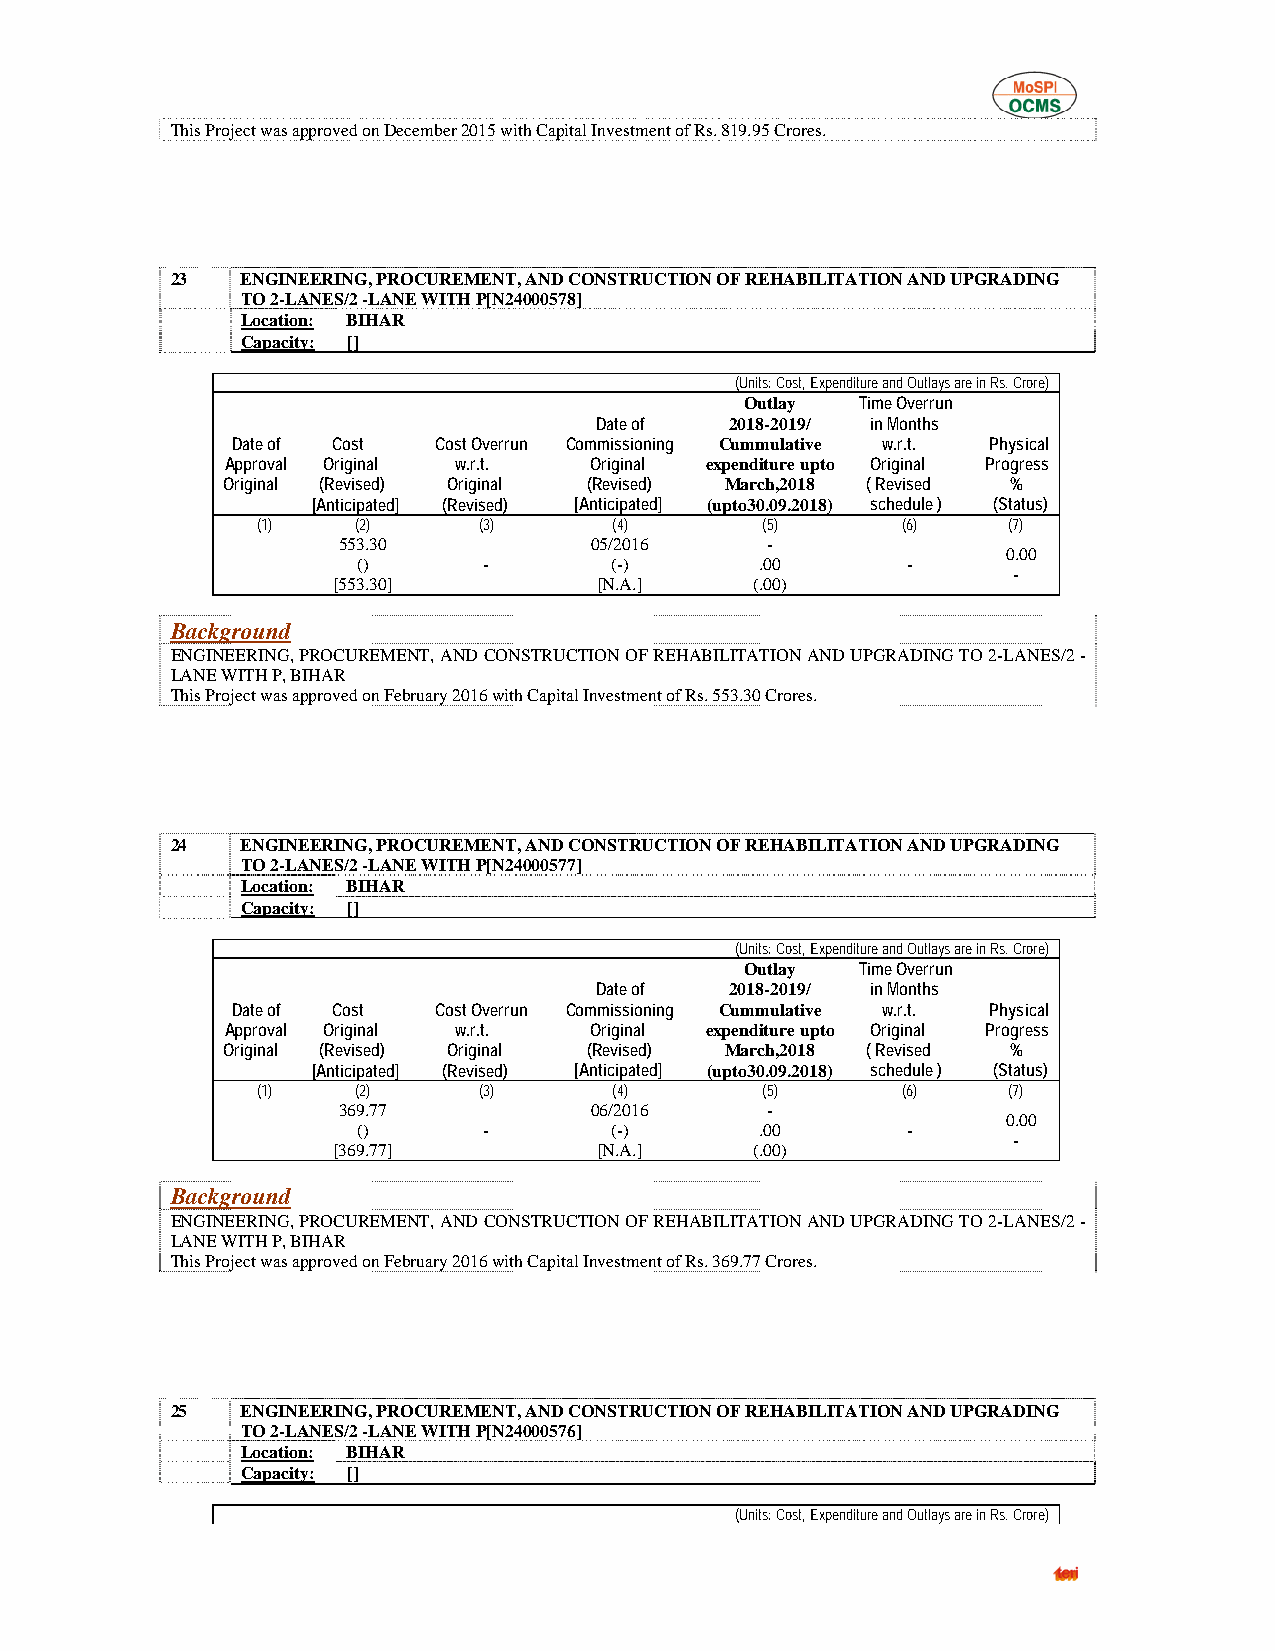
This Project was approved on December 2015 with Capital Investment of Rs. 819.95 Crores.
 23   ENGINEERING, PROCUREMENT, AND CONSTRUCTION OF REHABILITATION AND UPGRADING
 TO 2-LANES/2 -LANE WITH P[N24000578]
 Location: BIHAR
 Capacity: []
 (Units: Cost, Expenditure and Outlays are in Rs. Crore)
 Outlay  Time Overrun
 Date of  2018-2019/ in Months
 Date of Cost  Cost Overrun Commissioning Cummulative w.r.t. Physical
 Approval Original w.r.t. Original expenditure upto Original Progress
 Original (Revised) Original (Revised) March,2018 ( Revised %
 [Anticipated] (Revised) [Anticipated] (upto30.09.2018) schedule ) (Status)
 (1)    (2)     (3)      (4)      (5)       (6)    (7)
 553.30           05/2016     -
 0.00
 ()      -       (-)       .00       -
 -
 [553.30]          [N.A.]    (.00)
 Background
 ENGINEERING, PROCUREMENT, AND CONSTRUCTION OF REHABILITATION AND UPGRADING TO 2-LANES/2 -
 LANE WITH P, BIHAR
 This Project was approved on February 2016 with Capital Investment of Rs. 553.30 Crores.
 24   ENGINEERING, PROCUREMENT, AND CONSTRUCTION OF REHABILITATION AND UPGRADING
 TO 2-LANES/2 -LANE WITH P[N24000577]
 Location: BIHAR
 Capacity: []
 (Units: Cost, Expenditure and Outlays are in Rs. Crore)
 Outlay  Time Overrun
 Date of  2018-2019/ in Months
 Date of Cost  Cost Overrun Commissioning Cummulative w.r.t. Physical
 Approval Original w.r.t. Original expenditure upto Original Progress
 Original (Revised) Original (Revised) March,2018 ( Revised %
 [Anticipated] (Revised) [Anticipated] (upto30.09.2018) schedule ) (Status)
 (1)    (2)     (3)      (4)      (5)       (6)    (7)
 369.77           06/2016     -
 0.00
 ()      -       (-)       .00       -
 -
 [369.77]          [N.A.]    (.00)
 Background
 ENGINEERING, PROCUREMENT, AND CONSTRUCTION OF REHABILITATION AND UPGRADING TO 2-LANES/2 -
 LANE WITH P, BIHAR
 This Project was approved on February 2016 with Capital Investment of Rs. 369.77 Crores.
 25   ENGINEERING, PROCUREMENT, AND CONSTRUCTION OF REHABILITATION AND UPGRADING
 TO 2-LANES/2 -LANE WITH P[N24000576]
 Location: BIHAR
 Capacity: []
 (Units: Cost, Expenditure and Outlays are in Rs. Crore)